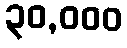
၃၀,၀၀၀